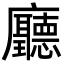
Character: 廳